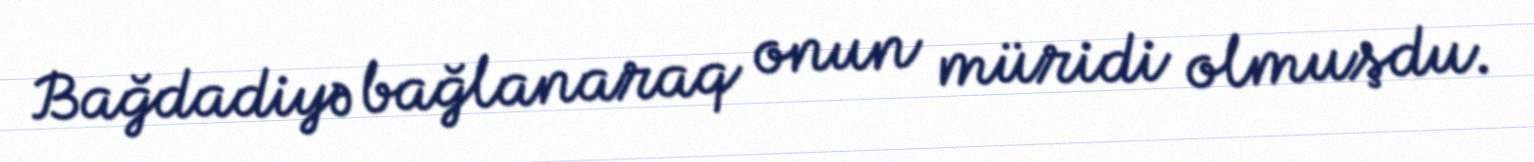
Bağdadiyə bağlanaraq onun müridi olmuşdu.